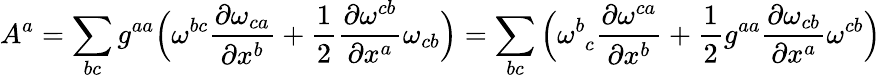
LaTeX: A^{a}=\sum_{bc}g^{aa}\Big(\omega^{bc}\frac{\partial\omega_{ca}}{\partial x^{b}}+\frac{1}{2}\frac{\partial\omega^{cb}}{\partial x^{a}}\omega_{cb}\Big)=\sum_{bc}\Big(\omega_{\, \, c}^{b}\frac{\partial\omega{^{ca}}}{\partial x^{b}}+\frac{1}{2}g^{aa}\frac{\partial\omega_{cb}}{\partial x^{a}}\omega^{cb}\Big)